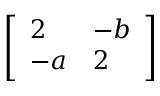
\left[ { \begin{array} { l l } { 2 } & { - b } \\ { - a } & { 2 } \end{array} } \right]